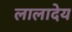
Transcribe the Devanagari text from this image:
लालादेय